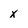
Character: x